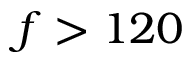
f > 1 2 0